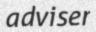
adviser